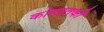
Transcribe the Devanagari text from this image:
कोशातकी